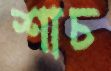
শাচ